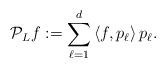
LaTeX: \begin{align*}\mathcal{P}_Lf:=\sum_{\ell=1}^{d}\left<f,p_{\ell}\right>p_{\ell}.\end{align*}